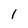
Character: 1